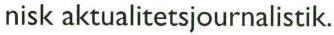
nisk aktualitetsjournalistik.